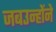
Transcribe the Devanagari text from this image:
जबउन्होंने